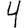
Digit: 4